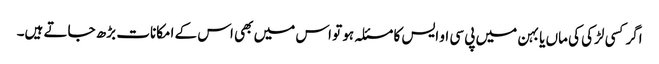
اگرکسی لڑکی کی ماں یا بہن میں پی سی او ایس کا مسئلہ ہو تو اس میں بھی اس کے امکانات بڑھ جاتے ہیں۔